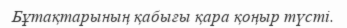
Бұтақтарының қабығы қара қоңыр түсті.